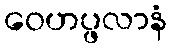
ဝေဟပ္ဖလာနံ